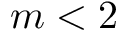
m < 2